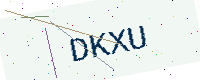
Text: DKXU